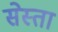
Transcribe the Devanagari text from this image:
सेस्ता